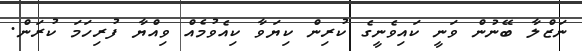
ނަޒްލާ ބޭނުން ވަނީ ކައިވެނީގެ ކުރިން ކިޔަވާ ކިއެވުމެއް ވިއްޔާ ފުރިހަމަ ކުރަން.